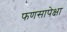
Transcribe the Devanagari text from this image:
फणसापेक्षा